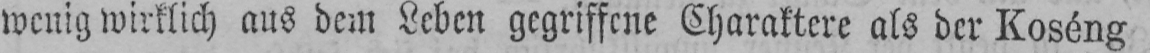
wenig wirklich aus dem Leben gegriffene Charaktere als der Koséng